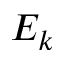
E _ { k }